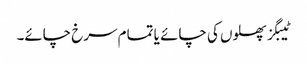
ٹیبگز پھلوں کی چائے یا تمام سرخ چائے۔